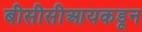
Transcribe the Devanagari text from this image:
बीसीसीआयकडून